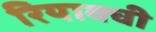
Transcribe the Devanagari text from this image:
रियाक्ची